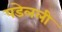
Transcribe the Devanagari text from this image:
पडेलली